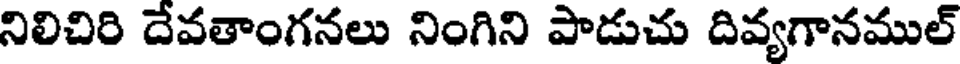
నిలిచిరి దేవతాంగనలు నింగిని పాడుచు దివ్యగానముల్